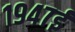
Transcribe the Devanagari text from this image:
१९४७ई